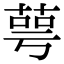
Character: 萼